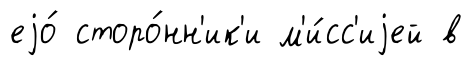
еjо́ сторо́нн'ик'и м'и́сс'иjей в